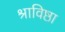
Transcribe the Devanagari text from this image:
श्राविष्ठा